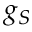
g _ { S }